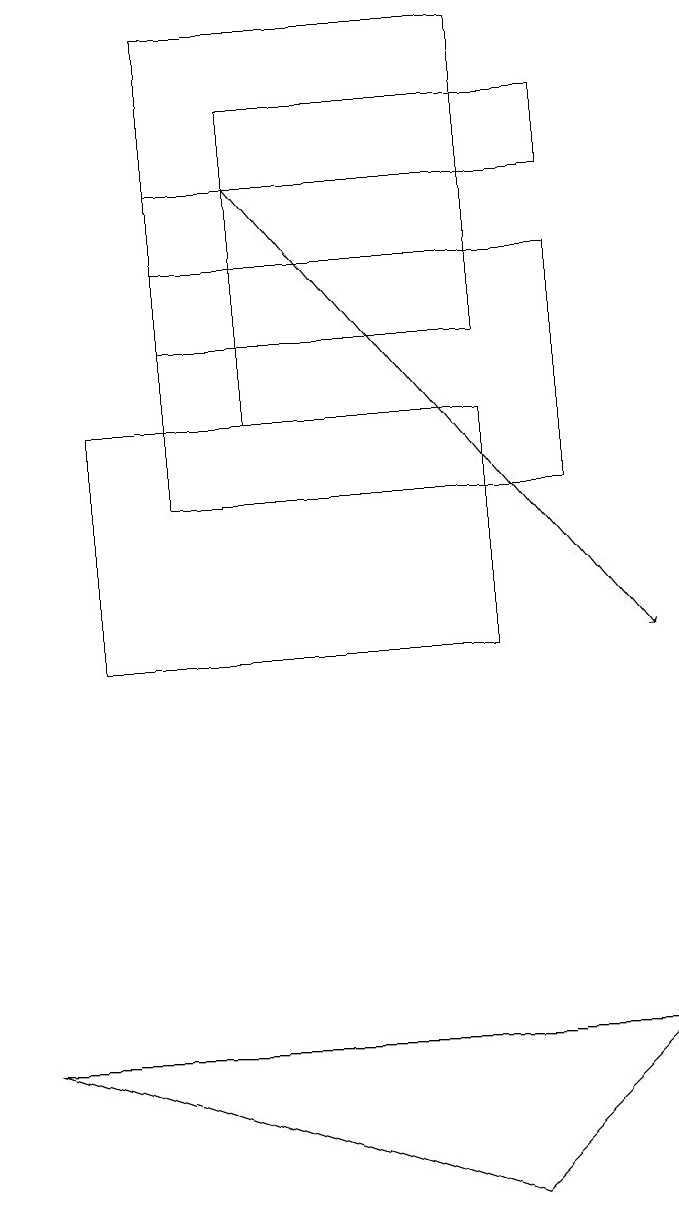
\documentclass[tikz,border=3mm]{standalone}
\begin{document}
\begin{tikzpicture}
\draw (2,14) rectangle (3,17);
\draw (6,4) -- (0,6) -- (8,6) -- cycle;
\draw (7,17) rectangle (3,18);
\draw[->] (3,17) -- (8,11);
\draw (2,19) rectangle (6,15);
\draw (2,16) rectangle (7,13);
\draw (1,14) rectangle (6,11);
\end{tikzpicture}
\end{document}